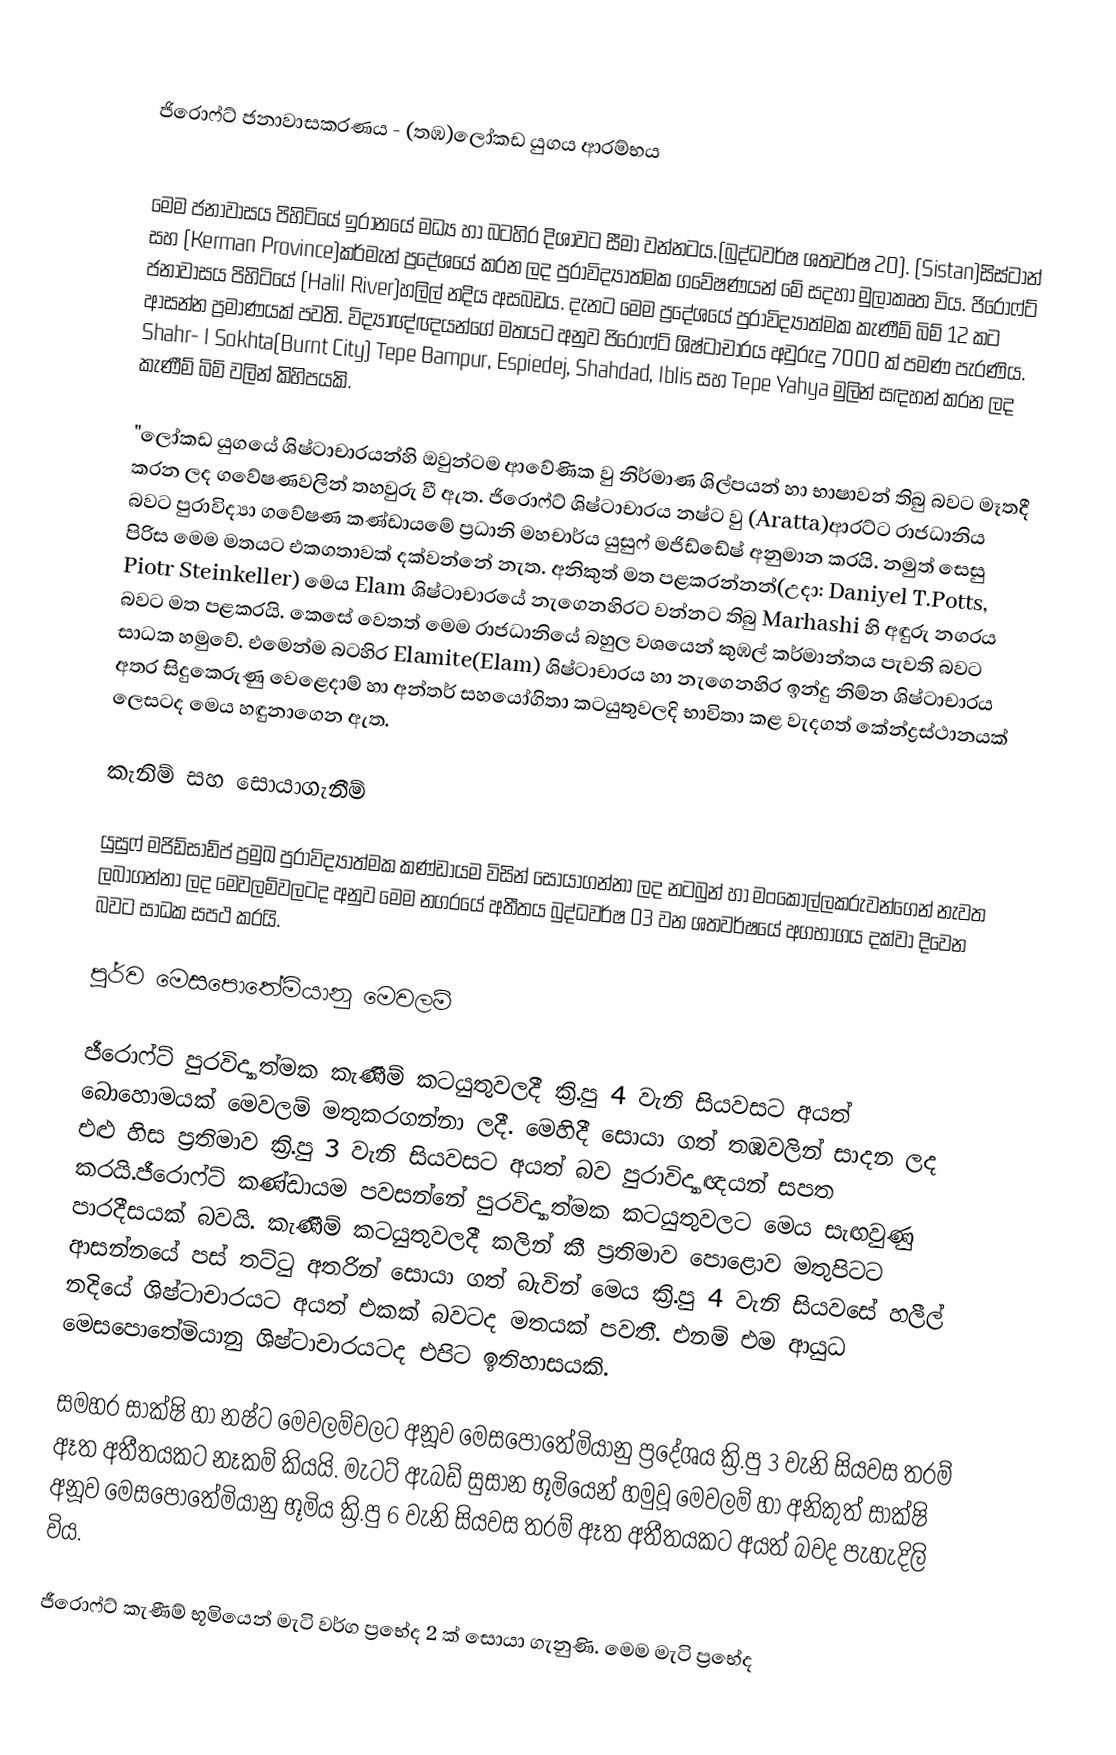

ජිරොෆ්ට් ජනාවාසකරණය - (තඹ)ලෝකඩ යුගය ආරම්භය

මෙම ජනාවාසය පිහිටියේ ඉරානයේ මධ්‍ය හා බටහිර දිශාවට සීමා වන්නටය.(බුද්ධවර්ෂ ශතවර්ෂ 20). (Sistan)සිස්ටාන් සහ (Kerman Province)කර්මැන් ප්‍රදේශයේ කරන ලද පුරාවිද්‍යාත්මක ගවේෂණයන් මේ සදහා මුලාකෘත විය. ජිරොෆ්ට් ජනාවාසය පිහිටියේ (Halil River)හලිල් නදිය අසබඩය. දැනට මෙම ප්‍රදේශයේ පුරාවිද්‍යාත්මක කැණීම් බිම් 12 කට ආසන්න ප්‍රමාණයක් පවති. විද්‍යාඥ්ඥයන්ගේ මතයට අනුව ජිරොෆ්ට් ශිෂ්ටාචාරය අවුරුදු 7000 ක් පමණ පැරණිය. Shahr- I Sokhta(Burnt City) Tepe Bampur, Espiedej, Shahdad, Iblis සහ Tepe Yahya මුලින් සඳහන් කරන ලද කැණීම් බිම් වලින් කිහිපයකි.

"ලෝකඩ යුගයේ ශිෂ්ටාචාරයන්හි ඔවුන්ටම ආවේණික වු නිර්මාණ ශිල්පයන් හා භාෂාවන් තිබු බවට මෑතදී කරන ලද ගවේෂණවලින් තහවුරු වී ඇත. ජිරොෆ්ට් ශිෂ්ටාචාරය නෂ්ට වු (Aratta)ආරට්ට රාජධානිය බවට පුරාවිද්‍යා ගවේෂණ කණ්ඩායමේ ප්‍රධානි මහචාර්ය යුසුෆ් මජිඩ්ඩේෂ් අනුමාන කරයි. නමුත් සෙසු පිරිස මෙම මතයට එකගතාවක් දක්වන්නේ නැත. අනිකුත් මත පළකරන්නන්(උදා: Daniyel T.Potts, Piotr Steinkeller) මෙය Elam ශිෂ්ටාචාරයේ නැගෙනහිරට වන්නට තිබු Marhashi හි අඳුරු නගරය බවට මත පළකරයි. කෙසේ වෙතත් මෙම රාජධානියේ බහුල වශයෙන් කුඹල් කර්මාන්තය පැවති බවට සාධක හමුවේ. එමෙන්ම බටහිර Elamite(Elam) ශිෂ්ටාචාරය හා නැගෙනහිර ඉන්දු නිම්න ශිෂ්ටාචාරය අතර සිදුකෙරුණු වෙළෙදාම් හා අන්තර් සහයෝගිතා කටයුතුවලදි භාවිතා කළ වැදගත් කේන්ද්‍රස්ථානයක් ලෙසටද මෙය හඳුනාගෙන ඇත.

කැනිම් සහ සොයාගැනීම්

යුසුෆ් මජිඩ්සාඩ්ප් ප්‍රමුඛ පුරාවිද්‍යාත්මක කණ්ඩායම විසින් සොයාගන්නා ලද නටබුන් හා මංකොල්ලකරුවන්ගෙන් නැවත ලබාගන්නා ලද මෙවලම්වලටද අනුව මෙම නගරයේ අතීතය බුද්ධවර්ෂ 03 වන ශතවර්ෂයේ අගභාගය දක්වා දිවෙන බවට සාධක සපථ කරයි.

පුර්ව මෙසපොතේමියානු මෙවලම්

ජීරොෆ්ට් පුරවිද්‍යාත්මක කැණීම් කටයුතුවලදී ක්‍රි.පු 4 වැනි සියවසට අයත් බොහොමයක් මෙවලම් මතුකරගන්නා ලදී. මෙහිදී සොයා ගත් තඹවලින් සාදන ලද එළු හිස ප්‍රතිමාව ක්‍රි.පු 3 වැනි සියවසට අයත් බව පුරාවිද්‍යාඥයන් සපත කරයි.ජීරොෆ්ට් කණ්ඩායම පවසන්නේ පුරවිද්‍යාත්මක කටයුතුවලට මෙය සැඟවුණු පාරදීසයක් බවයි.  කැණීම් කටයුතුවලදී කලින් කී ප්‍රතිමාව පොළොව මතුපිටට ආසන්නයේ පස් තට්ටු අතරින් සොයා ගත් බැවින් මෙය ක්‍රි.පු 4 වැනි සියවසේ හලීල් නදියේ ශිෂ්ටාචාරයට අයත් එකක් බවටද මතයක් පවතී. එනම් එම ආයුධ මෙසපොතේමියානු ශිෂ්ටාචාරයටද එපිට ඉතිහාසයකි.

සමහර සාක්ෂි හා නෂ්ට මෙවලම්වලට අනූව මෙසපොතේමියානු ප්‍රදේශය ක්‍රි.පු 3 වැනි සියවස තරම් ඈත අතීතයකට නෑකම් කියයි. මැටට් ඇබඩ් සුසාන භූමියෙන් හමුවූ මෙවලම් හා අනිකුත් සාක්ෂි අනූව මෙසපොතේමියානු භූමිය  ක්‍රි.පු 6 වැනි සියවස තරම් ඈත අතීතයකට අයත් බවද පැහැදිලි විය.

ජීරොෆ්ට් කැණීම් භූමියෙන් මැටි වර්ග  ප්‍රභේද 2 ක් සොයා ගැනුණි. මෙම මැටි ප්‍රභේද